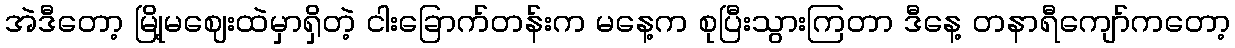
အဲဒီတော့ မြို့မဈေးထဲမှာရှိတဲ့ ငါးခြောက်တန်းက မနေ့က စုပြီးသွားကြတာ ဒီနေ့ တနာရီကျော်ကတော့